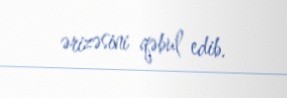
ərizəsini qəbul edib.